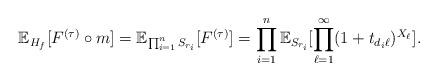
LaTeX: \begin{align*}\mathbb{E}_{H_f}[F^{(\tau)}\circ m] = \mathbb{E}_{\prod_{i=1}^n S_{r_i}}[F^{(\tau)}] = \prod_{i=1}^n \mathbb{E}_{S_{r_i}}[\prod_{\ell=1}^{\infty}(1+t_{d_i\ell})^{X_{\ell}}].\end{align*}